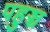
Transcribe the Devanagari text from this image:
पहुञ्च